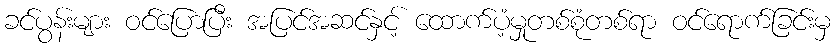
ခင်ပွန်းများ ဝင်ပြောပြီး အပြင်အဆင်နှင့် ထောက်ပံ့မှုတစ်စုံတစ်ရာ ဝင်ရောက်ခြင်းမှ